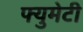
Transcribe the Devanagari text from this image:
फ्युमेटी